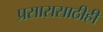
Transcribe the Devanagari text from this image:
प्रसारासाठीही